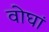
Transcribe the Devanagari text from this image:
वोघां